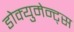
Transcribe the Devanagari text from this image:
डोक्युमेन्ट्स